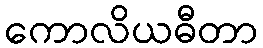
ကောလိယဓီတာ